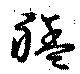
艋